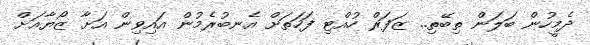
ދެމީހުން ބަލަން ތިބޭތި.. ޒަފަރް ހުއްޓި ފަހަތަށް އެނބުރެމުން އައިވިން އަށާ ޒޯޔާއަށް